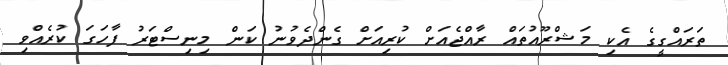
ތަރައްގީގެ އެކި މަޝްރޫއުތައް ރާއްޖެއަށް ކުރިއަށް ގެންދެވުނު ކަން މިނިސްޓަރު ފާހަގަ ކުރެއްވި